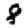
Digit: 8